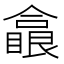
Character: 𠐗